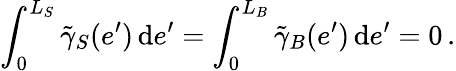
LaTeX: \int_{0}^{L_{S}}\tilde{\gamma}_{S}(e^{\prime})\, \mathrm{d}e^{\prime}=\int_{0}^{L_{B}}\tilde{\gamma}_{B}(e^{\prime})\, \mathrm{d}e^{\prime}=0\, .